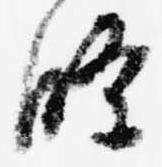
条